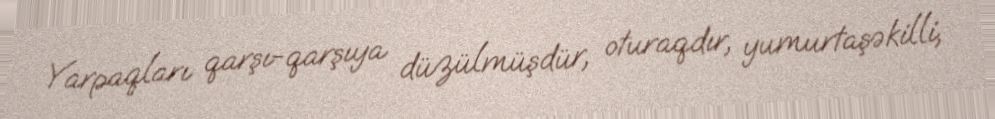
Yarpaqları qarşı-qarşıya düzülmüşdür, oturaqdır, yumurtaşəkilli,